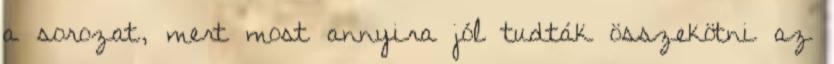
a sorozat, mert most annyira jól tudták összekötni az